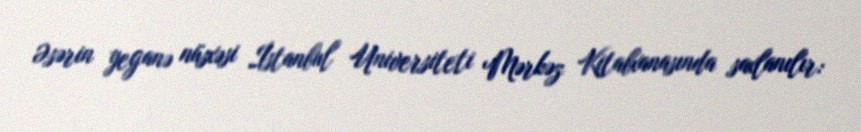
Əsərin yeganə nüsxəsi İstanbul Universiteti Mərkəz Kitabxanasında saxlanılır: